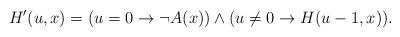
LaTeX: \begin{align*}H'(u, x)=(u=0 \rightarrow \neg A(x) ) \wedge (u \neq 0 \rightarrow H(u-1, x)).\end{align*}